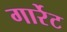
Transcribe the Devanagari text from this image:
गार्रेट